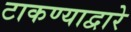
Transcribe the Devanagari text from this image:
टाकण्याद्वारे